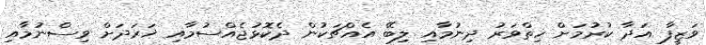
ވަޒީފާ އަދާ ކުރުމަށް ހިތްވަރު ދިނުމާއި ލިބޭ އެއްޗަކުން ދެކޮޅުޖެއްސުމާއި ޚަރަދަށް ވިސްނުމާއި